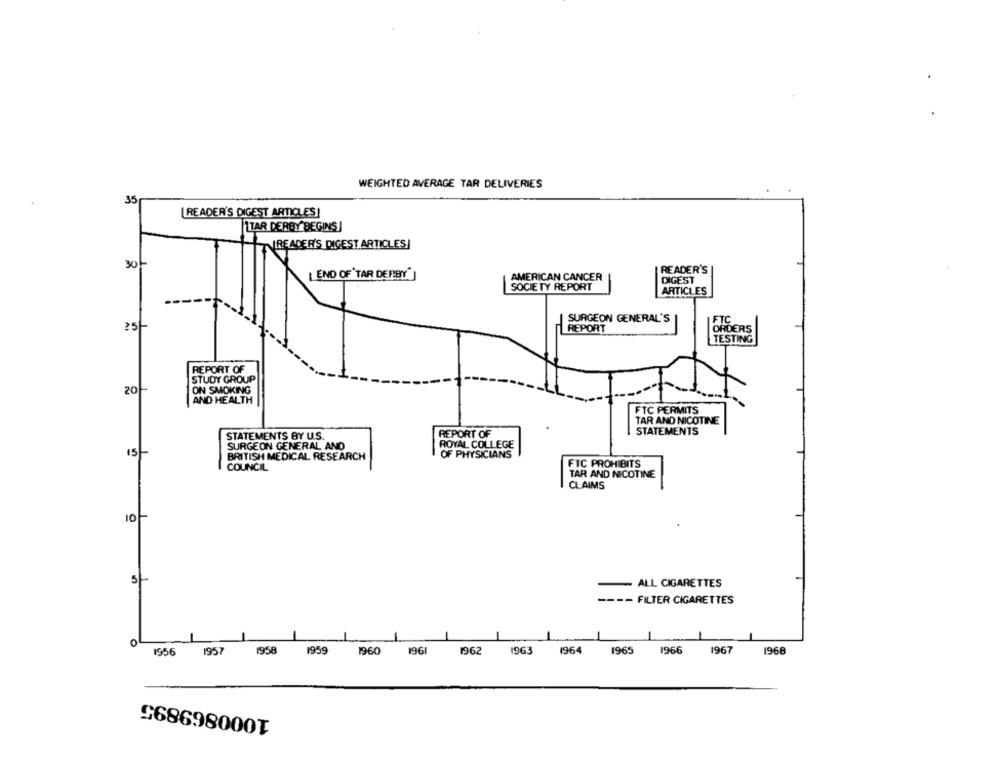
WEIGHTED AVERAGE TAR DELIVERIES
35
READER'S DIGEST ARTICLES!
TTAR DERBY BEGINS
-READER'S DIGEST ARTICLES]
301
END OF TAR DERBY"]
READER'S
AMERICAN CANCER
DIGEST
SOCIETY REPORT
ARTICLES
SURGEON GENERAL'S
FTC
251
REPORT
ORDERS
TESTING
REPORT OF
STUDY GROUP
20
ON SMOKING
AND HEALTH
FTC PERMITS
TAR AND NICOTINE
STATEMENTS BY U.S.
REPORT OF
STATEMENTS
SURGEON GENERAL AND
ROYAL COLLEGE
15-
BRITISH MEDICAL RESEARCH
OF PHYSICIANS
FTC PROHIBITS
COUNCIL
TAR AND NICOTINE
CLAIMS
10
5
ALL CIGARETTES
-- FILTER CIGARETTES
o
1956
1957
1958
1959
1960 1961
1962
1963
1964
1965
1966
1967
1968